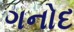
ગનોદ